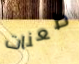
طعنات